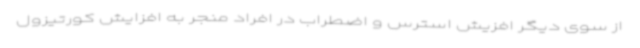
از سوی دیگر افزیش استرس و اضطراب در افراد منجر به افزایش کورتیزول